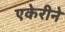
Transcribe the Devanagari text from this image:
एकेरीने